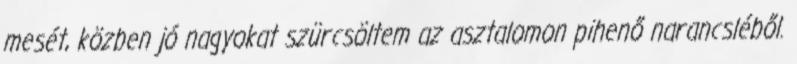
mesét, közben jó nagyokat szürcsöltem az asztalomon pihenő narancsléből.